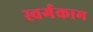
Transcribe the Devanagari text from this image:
स्वर्गकाम